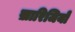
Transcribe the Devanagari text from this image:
ख़ारिजियों